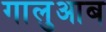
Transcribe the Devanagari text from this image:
गालुआब